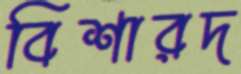
বিশারদ